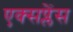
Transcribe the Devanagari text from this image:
एक्सप्लेंस